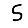
Digit: 5